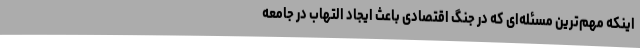
اینکه مهم‌ترین مسئله‌ای که در جنگ اقتصادی باعث ایجاد التهاب در جامعه